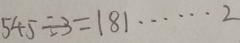
5 4 5 \div 3 = 1 8 1 \cdots 2